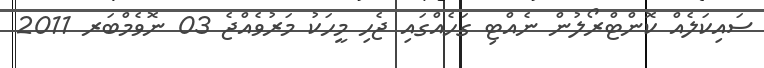
ސައިކަލެއް ކޮންޓްރޯލުން ނެއްޓި ގަހެއްގައި ޖެހި މީހަކު މަރުވެއްޖެ 03 ނޮވެމްބަރ 2011